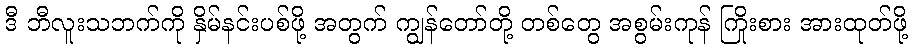
ဒီ ဘီလူးသဘက်ကို နှိမ်နင်းပစ်ဖို့ အတွက် ကျွန်တော်တို့ တစ်တွေ အစွမ်းကုန် ကြိုးစား အားထုတ်ဖို့